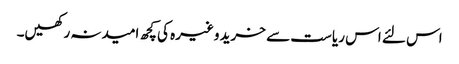
اس لئے اس ریاست سے خرید وغیرہ کی کچھ امیدنہ رکھیں۔